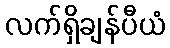
လက်ရှိချန်ပီယံ